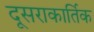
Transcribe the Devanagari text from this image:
दूसराकार्तिक